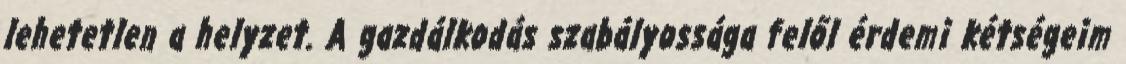
lehetetlen a helyzet. A gazdálkodás szabályossága felől érdemi kétségeim